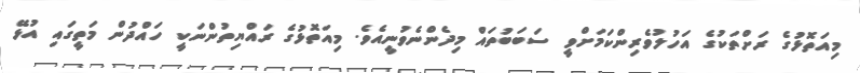
މިއަތޮޅުގެ ރަށްތަކުގެ އަހުލުވެރިންކަމަށްވީ ސަބަބުތައް މިދެންނެވުނީއެވެ. މިއަތޮޅުގެ ރައްޔިތުންނަކީ ހައްދުން މަތީގައި އުޅޭ